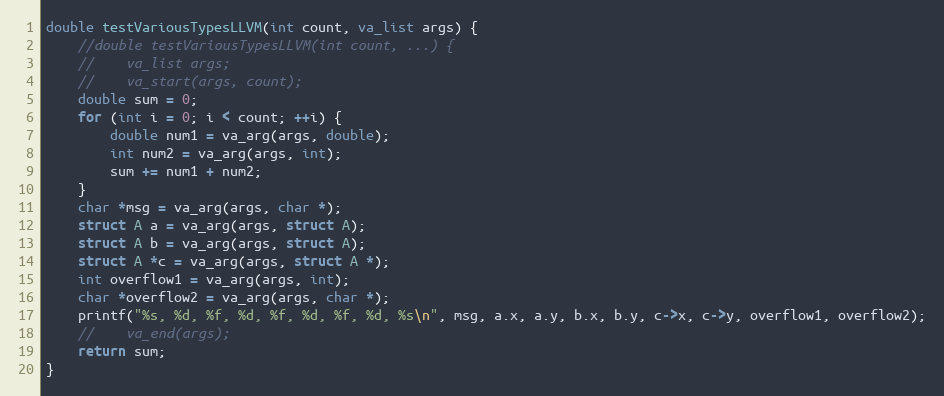
Language: C
double testVariousTypesLLVM(int count, va_list args) {
    //double testVariousTypesLLVM(int count, ...) {
    //    va_list args;
    //    va_start(args, count);
    double sum = 0;
    for (int i = 0; i < count; ++i) {
        double num1 = va_arg(args, double);
        int num2 = va_arg(args, int);
        sum += num1 + num2;
    }
    char *msg = va_arg(args, char *);
    struct A a = va_arg(args, struct A);
    struct A b = va_arg(args, struct A);
    struct A *c = va_arg(args, struct A *);
    int overflow1 = va_arg(args, int);
    char *overflow2 = va_arg(args, char *);
    printf("%s, %d, %f, %d, %f, %d, %f, %d, %s\n", msg, a.x, a.y, b.x, b.y, c->x, c->y, overflow1, overflow2);
    //    va_end(args);
    return sum;
}